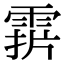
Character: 𩃑